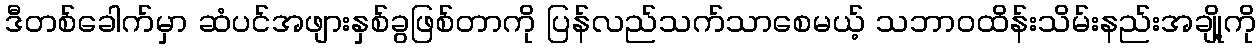
ဒီတစ်ခေါက်မှာ ဆံပင်အဖျားနှစ်ခွဖြစ်တာကို ပြန်လည်သက်သာစေမယ့် သဘာဝထိန်းသိမ်းနည်းအချို့ကို